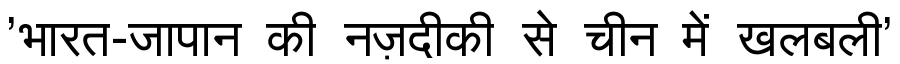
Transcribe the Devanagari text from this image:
'भारत-जापान की नज़दीकी से चीन में खलबली'